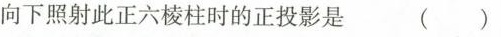
向下照射此正六棱柱时的正投影是 ()